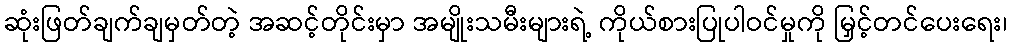
ဆုံးဖြတ်ချက်ချမှတ်တဲ့ အဆင့်တိုင်းမှာ အမျိုးသမီးများရဲ့ ကိုယ်စားပြုပါဝင်မှုကို မြှင့်တင်ပေးရေး၊